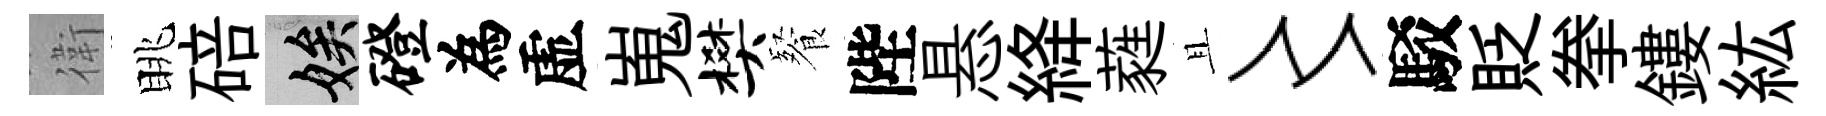
衛眺碚娭磴為虚嵬樊餐陛悬絳蕤且〻駁貶拳鏤紘